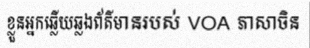
ខ្លួនអ្នកឆ្លើយឆ្លងព័ត៌មានរបស់ VOA ភាសាចិន